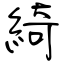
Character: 綺